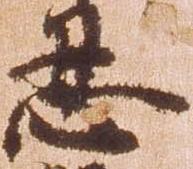
忍